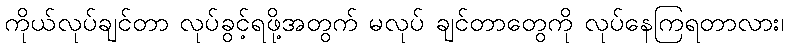
ကိုယ်လုပ်ချင်တာ လုပ်ခွင့်ရဖို့အတွက် မလုပ် ချင်တာတွေကို လုပ်နေကြရတာလား၊